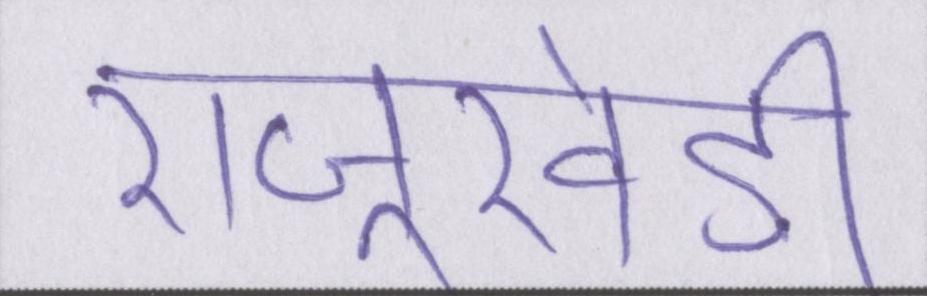
राजूखेड़ी